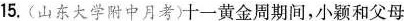
15.（山东大学附中月考）十一黄金周期间，小颖和父母